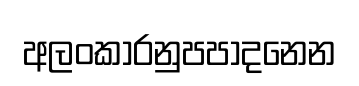
අලංකාරනුපපාදනෙන